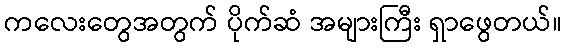
ကလေးတွေအတွက် ပိုက်ဆံ အများကြီး ရှာဖွေတယ်။